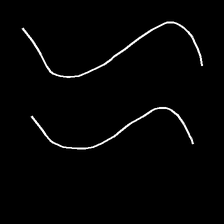
Glyph: float